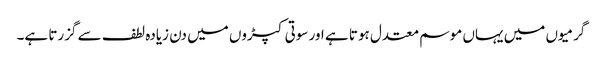
گرمیوں میں یہاں موسم معتدل ہوتا ہے اور سوتی کپڑوں میں دن زیادہ لطف سے گزرتا ہے۔